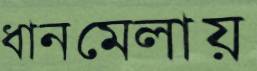
ধানমেলায়